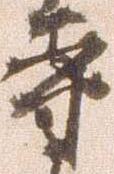
寺